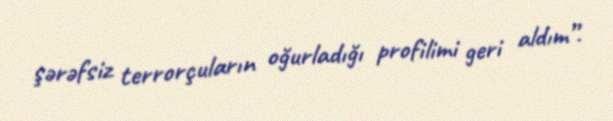
şərəfsiz terrorçuların oğurladığı profilimi geri aldım”.